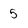
Character: 5